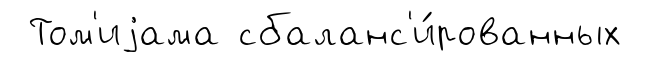
Том'иjама сбаланс'и́рованных